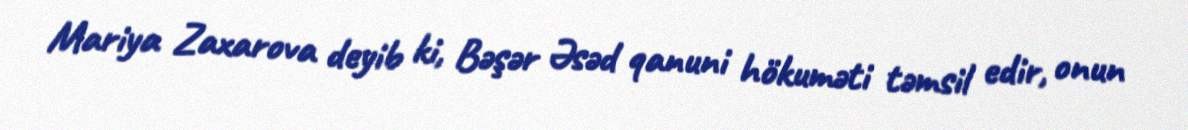
Mariya Zaxarova deyib ki, Bəşər Əsəd qanuni hökuməti təmsil edir, onun